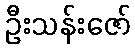
ဦးသန်းဇော်